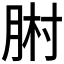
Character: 𦛻